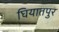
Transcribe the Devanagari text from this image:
घियातपुर